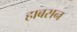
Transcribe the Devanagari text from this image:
हाबसन